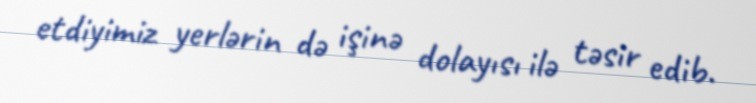
etdiyimiz yerlərin də işinə dolayısı ilə təsir edib.